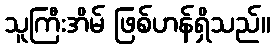
သူကြီးအိမ် ဖြစ်ဟန်ရှိသည်။